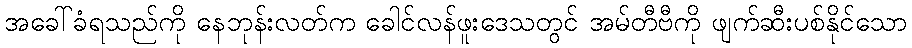
အခေါ်ခံရသည်ကို နေဘုန်းလတ်က ခေါင်လန်ဖူးဒေသတွင် အမ်တီဗီကို ဖျက်ဆီးပစ်နိုင်သော